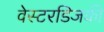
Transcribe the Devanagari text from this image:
वेस्टरडिजकी